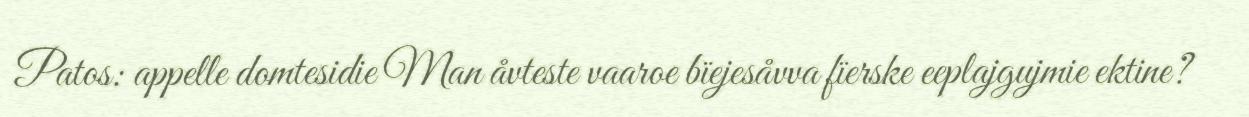
Patos: appelle domtesidie Man åvteste vaaroe bïejesåvva fïerske eeplajgujmie ektine?